Indian Medical Review
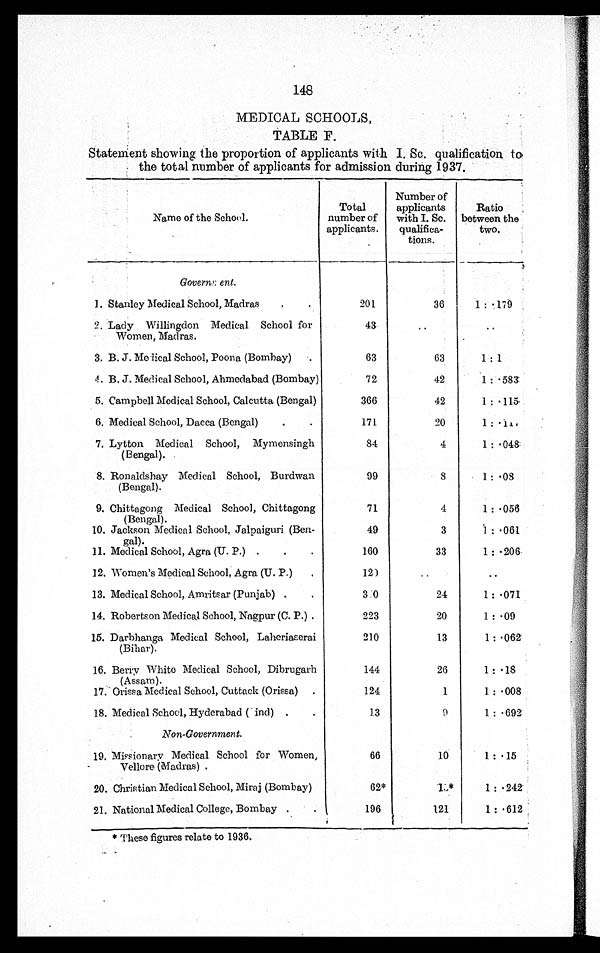
148
MEDICAL SCHOOLS,
TABLE F.
Statement showing the proportion of applicants with I. Sc. qualification, to
the total number of applicants for admission during 1937.
Name of the School.
Total
number of
applicants.
Number of
applicants
with I. Sc.
qualifica-
tions.
Ratio
between the
two.
Government.
1. Stanley Medical School, Madras
.
.
201
36
1 : .179
2. Lady Willingdon Medical School for
Women, Madras.
43.
..
. .
.
3. B. J. Medical School, Poona (Bombay)
63
63
1 : 1
4. B. J. Medical School, Ahmedabad (Bombay)
72
42
1 : .583:
5. Campbell Medical School, Calcutta (Bengal)
366
42
1 : .115,
6. Medical School, Dacca (Bengal)
.
.
171
20
1 :.
7. Lytton Medical School, Mymensingh
(Bengal). .
84
4
1 : 048:
8. Ronaldshay Medical School, Burdwan
(Bengal).
99
8
1:.08
9. Chittagong Medical School, Chittagong
(Bengal).
71
4
1 : 056
10. Jackson Medical School, Jalpaiguri (Ben-
gal).
49
3
1:.061
11. Medical School, Agra (U. P.) .
.
.
160
33
1 : 206,
12. Women's Medical School, Agra (U. P.)
.
12)
. .
..
13. Medical School, Amritsar (Punjab) .
.
3 :0
24
1 : 071
14. Robertson Medical School, Nagpur (C. P.) .
223
20
1 : 09
15. Darbhanga Medical School, Laheriasorai
(Bihar).
21.0
13
1 : 062'
16. Berry White Medical School, Dibrugarh
(Assam).
144
26
1 : .18
17. Orissa Medical School, Cuttack (Orissa)
.
124
1
1: .008
18. Medical School, Hyderabad (Sind) .
.
1.3
9
1 : .692'
Non-Government.
19. Missionary Medical School for Women,
Vellore (Madras) .
66
10
1 : • 15 •
20. Christian Medical School, Miraj (Bombay)
62*
1 5 *
1 : .242.
21. National Medical College, Bombay .
.
196
121
1:.612
* These figures relate to 1.936.